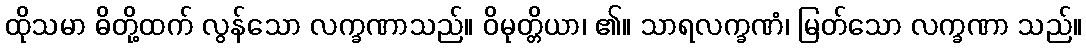
ထိုသမာ ဓိတို့ထက် လွန်သော လက္ခဏာသည်။ ဝိမုတ္တိယာ၊ ၏။ သာရလက္ခဏံ၊ မြတ်သော လက္ခဏာ သည်။